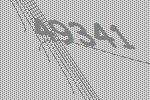
49341